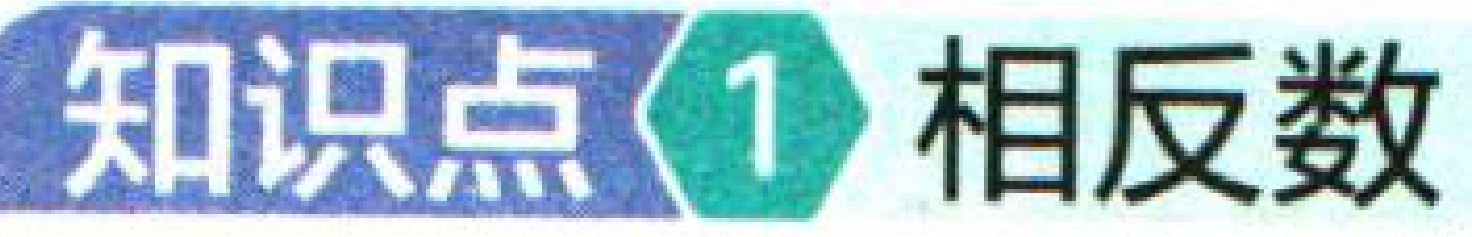
知识点1 相反数